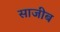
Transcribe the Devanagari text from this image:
साजीब